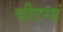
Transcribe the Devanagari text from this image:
चीटगां